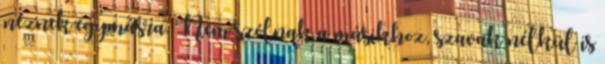
néznek egymásra. Nem szólnak a másikhoz, szavak nélkül is